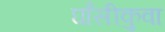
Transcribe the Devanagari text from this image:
घाँसीकुवा